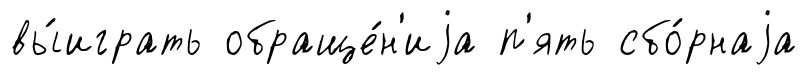
вы́играть обраще́н'иjа п'ять сбо́рнаjа